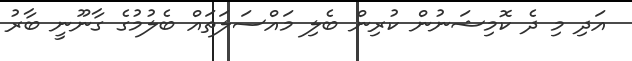
އަދި މި ދެ ކޮމިޝަނުން ކުރިން ބެލި މައްސަލަތައް ބެލުމުގެ ގާނޫނީ ބާރު